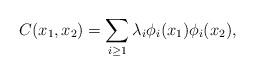
LaTeX: \begin{align*}C(x_1,x_2) = \sum_{i \geq 1} \lambda_i \phi_i(x_1) \phi_i(x_2),\end{align*}